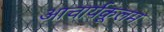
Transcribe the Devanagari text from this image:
आचार्यकूलम